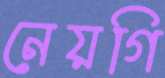
নেয়গি